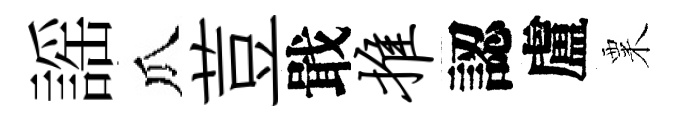
謡瓜荳戢推認盧粟